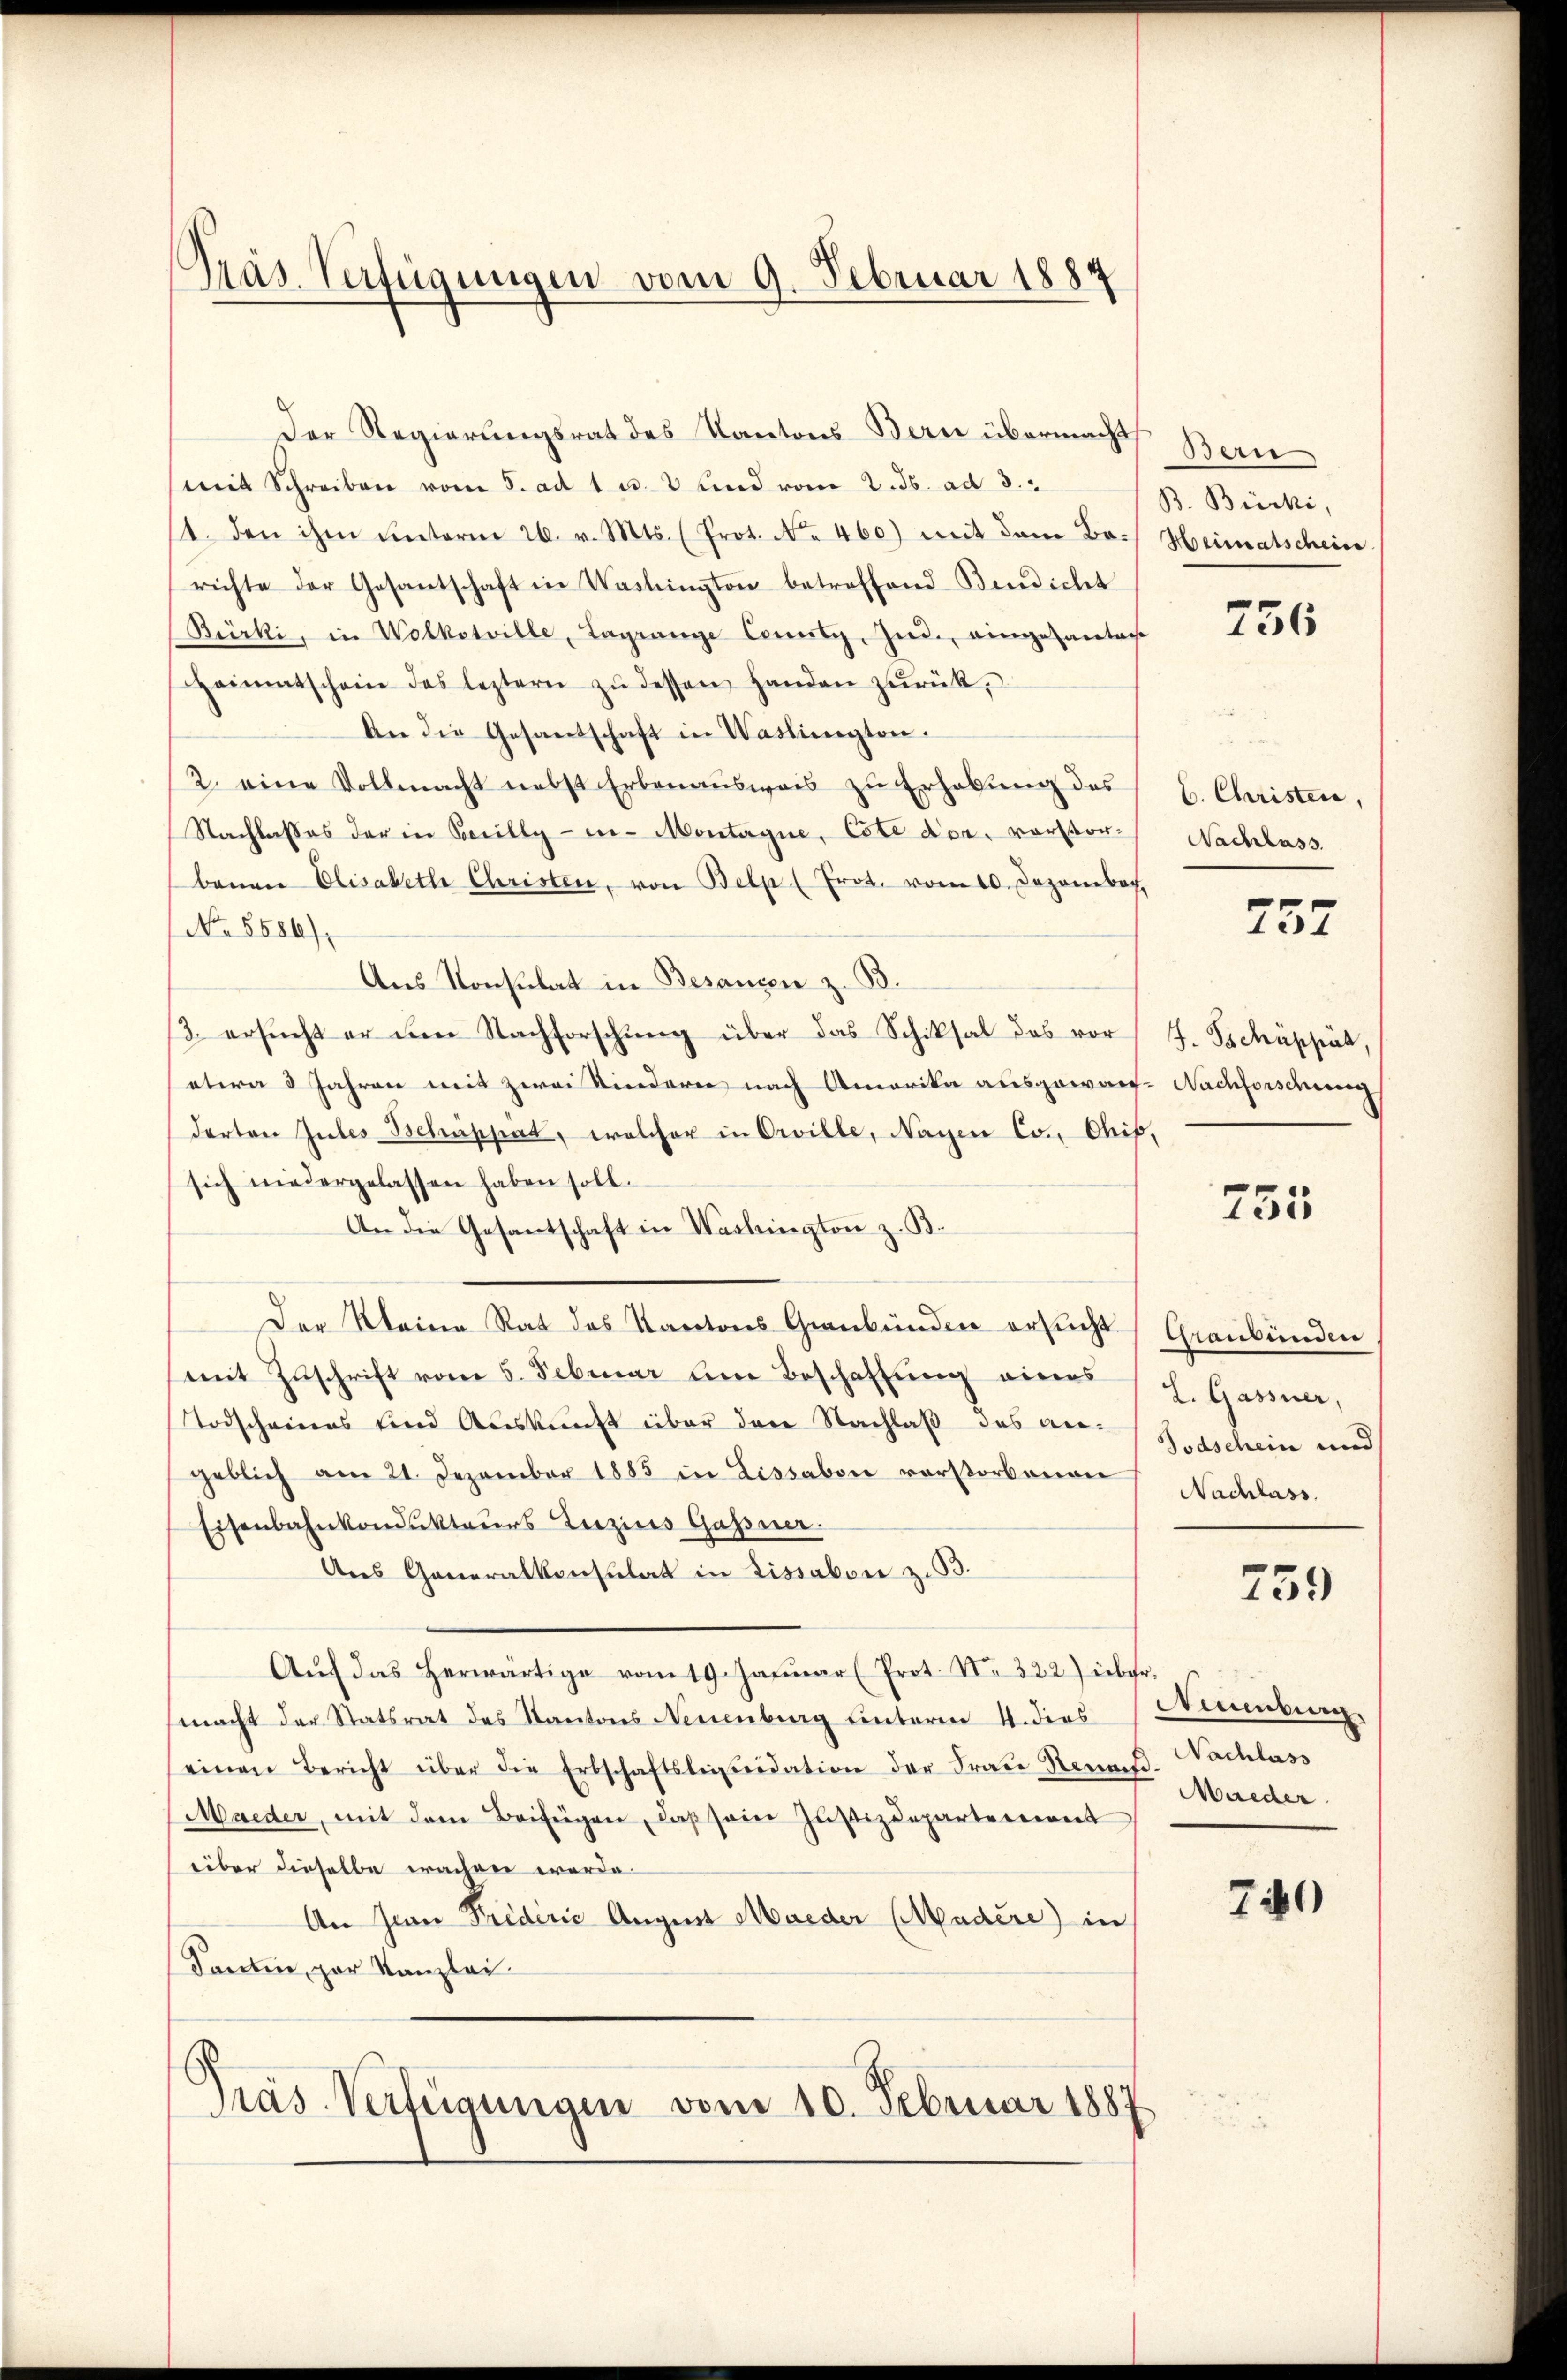
Präs. Verfügungen vom 9. Februar 1884

Der Regierungsrat des Kantons Bern übermacht
mit Schreiben vom 5. ad 1 u. 2 und vom 2. ds. ad 3.
11. den ihm unterm 26. v. Mts. (Prot. No. 460.) mit dem Borichte der Gesantschaft in Washington betreffend Bendicht
Bürki, in Wolkotville, Lagrange Comitz, Ind., eingesantan
Heimatschein des leztern zŭ dessen handen zŭrück,
An die Gesandschaft in Washington.
2. eine Vollmacht nebst Erbenausweis zu Erhebung des
Nachlasses der in Percilly -er-Montagne, Cote dor, vorstorbenen Elisabeth Christen, von Belp (Frot. vom 10. Dezember
No. 5586)
Aus Konsulat in Besanzen z. B.
/3 ersŭcht er den Nachforschŭng über das Schiksal das vor
etwa 3 Jahren mit zwei Kinderer nach Amerika ausgewan
derten Gutes Schrappiat, welcher in Orville, Nagen Co., Chif
sich niedergelassen haben soll.
An die Gesantschaft in Washington z. B.
Der Meine Rat des Kantons Graubünden ersucht
mit Zuschrift vom 5. Februar um Beschaffung eines
Todscheines und Auskunft über den Nachlaß des angeblich am 21. Dezember 1885 in Lissabon vorstorbenen
Eisenbahnkomuktaŭrs Luzius Gassner.
Aus Generalkonsulat in Lissabon z. B.
Aŭf das herwärtige vom 19. Janŭar (Prot. N. 322) über.
macht der Statsrat des Kantons Neuenburg unterm 4. dies
einen Bericht über die Erbschaftsleiuidation der Frau Renait-Nachlass
Maeder, mit dem Beifügen, daß sein Justizdepartement
über dieselbe erachen werde.
An Zwei Triderić August Maeder (Madère) in
Santen, par Kanzlei
Präs. Verfügungen vom 10. Februar 1887

Ben
B. Bürki,
Heimatschein

756

6. Christen,
Nachlass.

737

J. Tschüppät,
Nachforschung

755

Graubünden
L. Gassner,
Todschein und
Nachlass.

759

Ceuenburg.
Maeder.

740